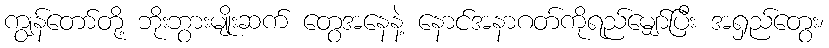
ကျွန်တော်တို့ ဘိုးဘွားမျိုးဆက် တွေအနေနဲ့ နောင်အနာဂတ်ကိုရည်မျှော်ပြီး အရှည်တွေး၊